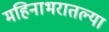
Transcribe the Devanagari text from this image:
महिनाभरातल्या